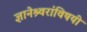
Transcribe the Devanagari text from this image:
ज्ञानेश्र्वरांविषयी